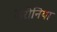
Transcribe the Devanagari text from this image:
फेरोनिया